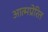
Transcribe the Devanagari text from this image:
आत्मप्रेरित